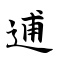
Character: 逋